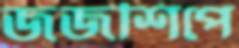
জজশিপে